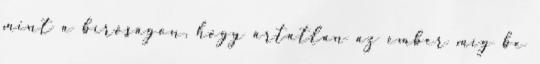
mint a bíróságon, hogy ártatlan az ember míg be